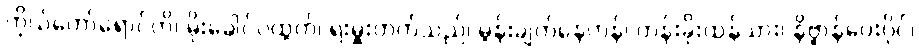
ကိုယ်တော်ရောင်တိ၊ မိုးခေါင်ပထွတ်၊ ရဲးမှူးတက်သည်၊ မွန်းချက်နေဟန်၊ တန်းခိုးထန်သား၊ နိဗ္ဗာန်ပေးပိုင်၊